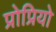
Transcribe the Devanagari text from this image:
प्रोप्रियो